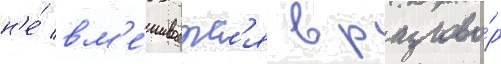
н'е́ вм'е́шиваетс'я в разгово́р